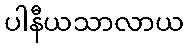
ပါနီယသာလာယ